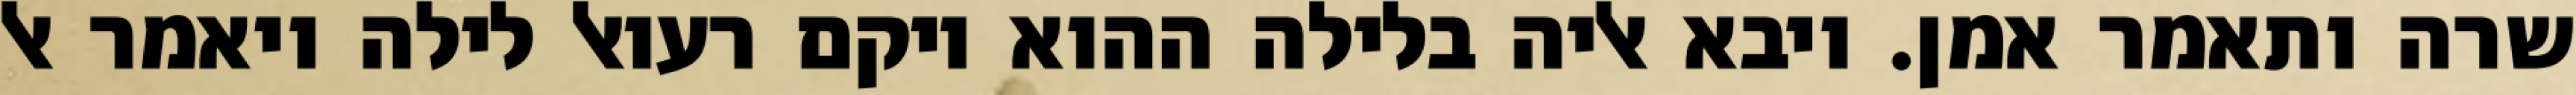
שרה ותאמר אמן. ויבא אליה בלילה ההוא ויקם רעואל לילה ויאמר אל